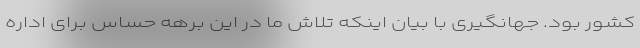
کشور بود. جهانگیری با بیان اینکه تلاش ما در این برهه حساس برای اداره